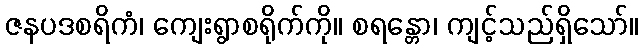
ဇနပဒစရိကံ၊ ကျေးရွာစရိုက်ကို။ စရန္တော၊ ကျင့်သည်ရှိသော်။